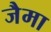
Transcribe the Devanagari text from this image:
जैमा